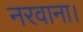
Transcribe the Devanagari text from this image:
नरवाना।